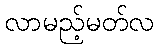
လာမည့်မတ်လ